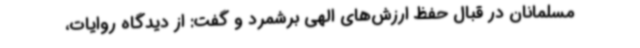
مسلمانان در قبال حفظ ارزش‌های الهی برشمرد و گفت: از دیدگاه روایات،